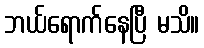
ဘယ်ရောက်နေပြီ မသိ။